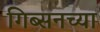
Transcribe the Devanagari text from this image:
गिब्सनच्या